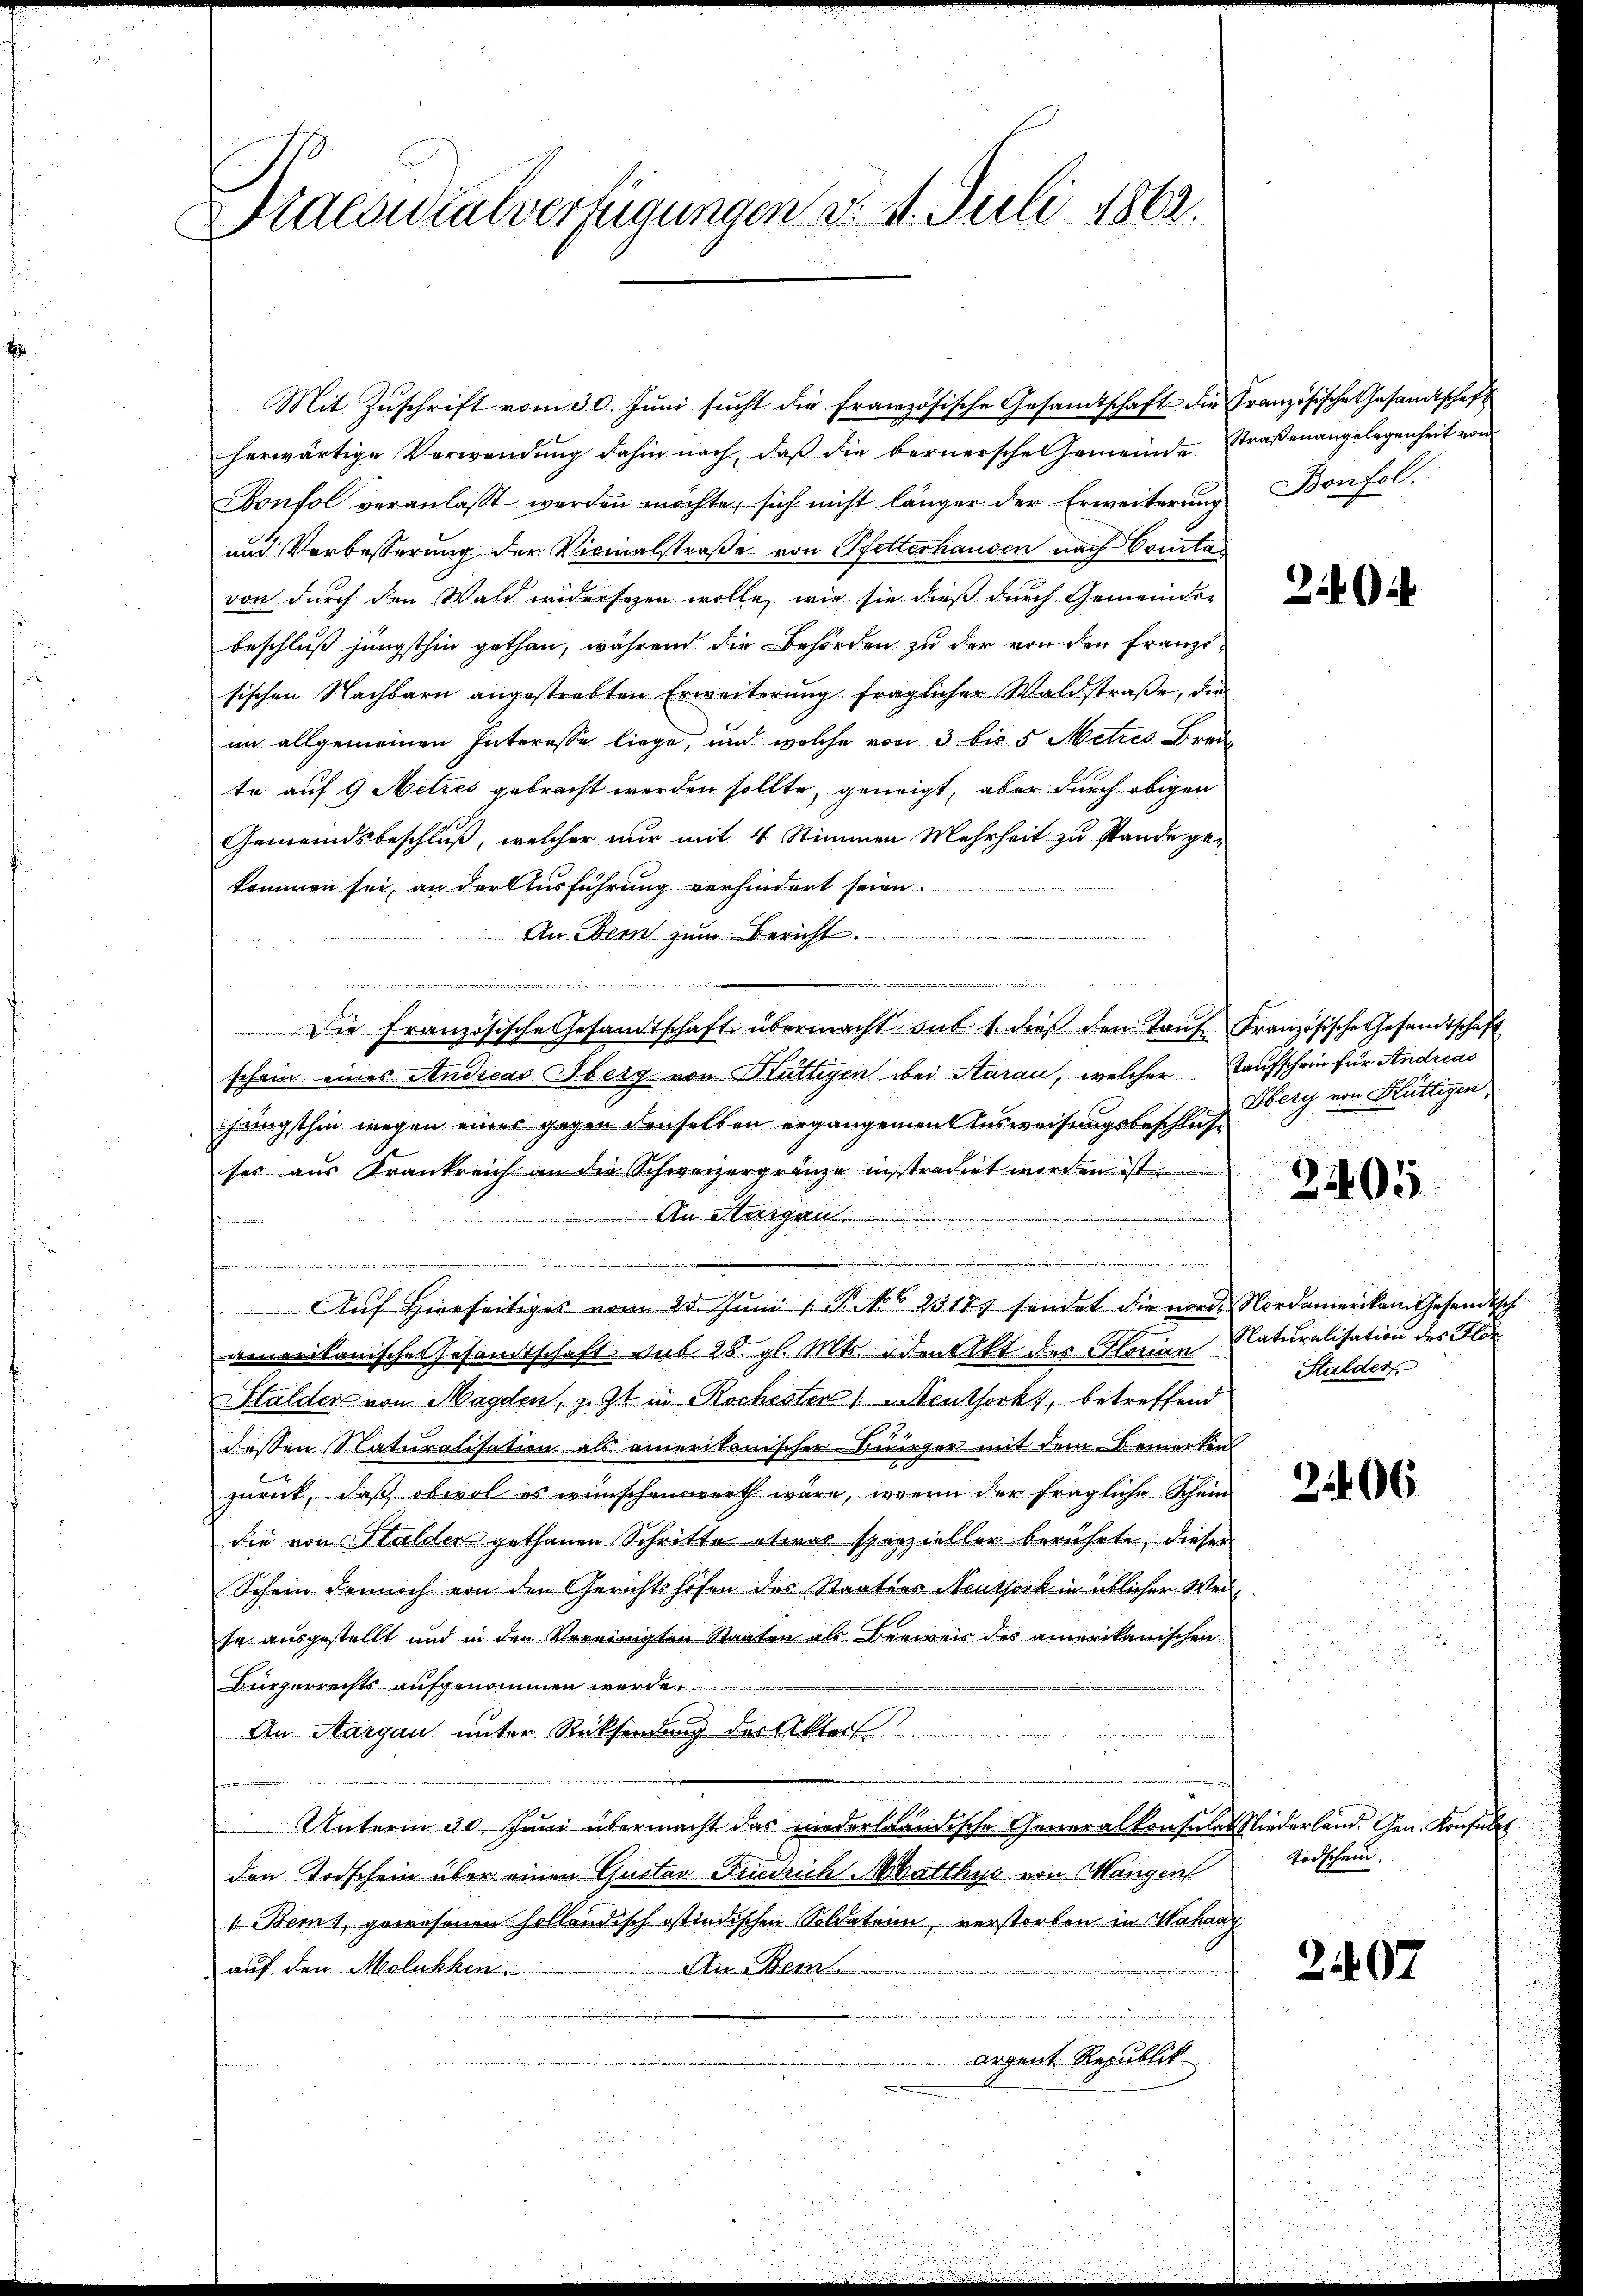
Praesidialverfügungen v. 1. Juli 1862.

Mit Zŭschrift vom 30. Jŭni sŭcht die französische Gesandtschaft die Französische Gesandtschaft
herwärtige Verwendŭng dahin nach, daß die bernersche Gemeinde Straßenangelegenheit von
Bonfol veranlaßt werden möchte, sich nicht länger der Erweiterŭng Bon fol.
und Verbesserung der Vicinalstraße von Pfetterhausen nach Courtas
von durch den Wald widersehen wolle, wie sie dieß durch Gemeinde-
beschluß jüngsthin gethan, während die Behörden zu der von den Franzisischen Nachbarn angestrebten Erweiterung fraglicher Waldstraße, die
im allgemeinen Interesse liege, und welche von 3 bis 5 Metzes Breite auf 9 Mitres gebracht werden sollte, geneigt, aber durch obigen
Gemeindsbeschluß, welcher nur mit 4 Stimmen Mehrheit zu stande gekommen sei, an der Ausführung verhindert seien.
An Bern zum Bericht.
2
a
Die Französische Gesamtschaft übermacht auf 1. dieβ den Taŭf Französische Gesandtschaft
schein eines Andicas Oberg von Hüttigen bei Starau, welcher Kaufschein für Andreas
jüngsthin wegen eines gegen denselben ergangenen Ausweisungsbeschlusse
ses aus Krankreich an die Schweizergränze instradirt worden ist
An Hergan
e

Auf Hierseitiges vom 25. Juni 1 S. 16. 23181 sendet die norde Nordamerikam Gesandtsch
amerikanisches Gesandtschaft. sub 28. gl. Mts. den Akt des Florian
Halder von Magden, z. Zt. in Rochesten (Meuthorkt, betreffend
dessen Naturalisation als amerikanischen Bürger mit dem Bemerken
zurück, daß obwol es wünschenswerth wäre, wenn der fragliche Schein
die von Stalder gethanen Schritte etwas sperzieller berührte, dieser
Schein dennoch von den Gerichtshofen des Staatsers Neutsock in üblicher Weise ausgestellt und in den Vereinigten Staaten als Berweis des amerikanischen
Bürgerrechts aufgenommen werde.
An Aargau unter Rücksendung der Akters
Unterm 30. Juni übermacht das niederländische Generalkonsular
den Todschein über einen Gustav Friedrich Matthys von Mangen
Bernt, gewesenen Holländisch ostindischen Soldaten, verstorben in Mahaay
auf den Molukhen
An Bern.
argent Republik
n

E

24

Oberg von Büttigen,

2405

Naturalisation des Flor
Stalder

21406

Niederland. Gen. Konsen
Todschein

2407